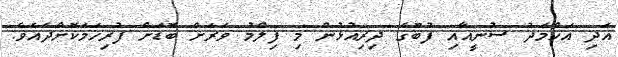
އަދި އަހްމަދު ސުނީއާއި ފުބޫގެ ދިރިއުޅުން މި ފިލްމު ވަރަށް ބޮޑަށް ފުރިހަމަކޮށްދެއެވެ.